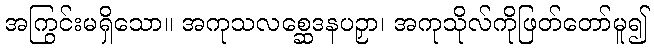
အကြွင်းမရှိသော။ အကုသလစ္ဆေဒနပဉှာ၊ အကုသိုလ်ကိုဖြတ်တော်မူ၍